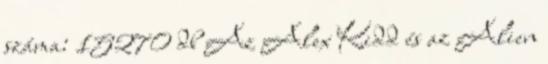
száma: 15270 db Az Alex Kidd és az Alien